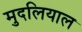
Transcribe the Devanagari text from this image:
मुदलियाल